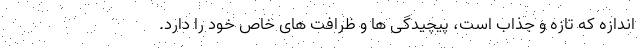
اندازه که تازه و جذاب است، پیچیدگی ها و ظرافت های خاص خود را دارد.